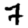
Digit: 7